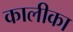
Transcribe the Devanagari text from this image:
कालीका